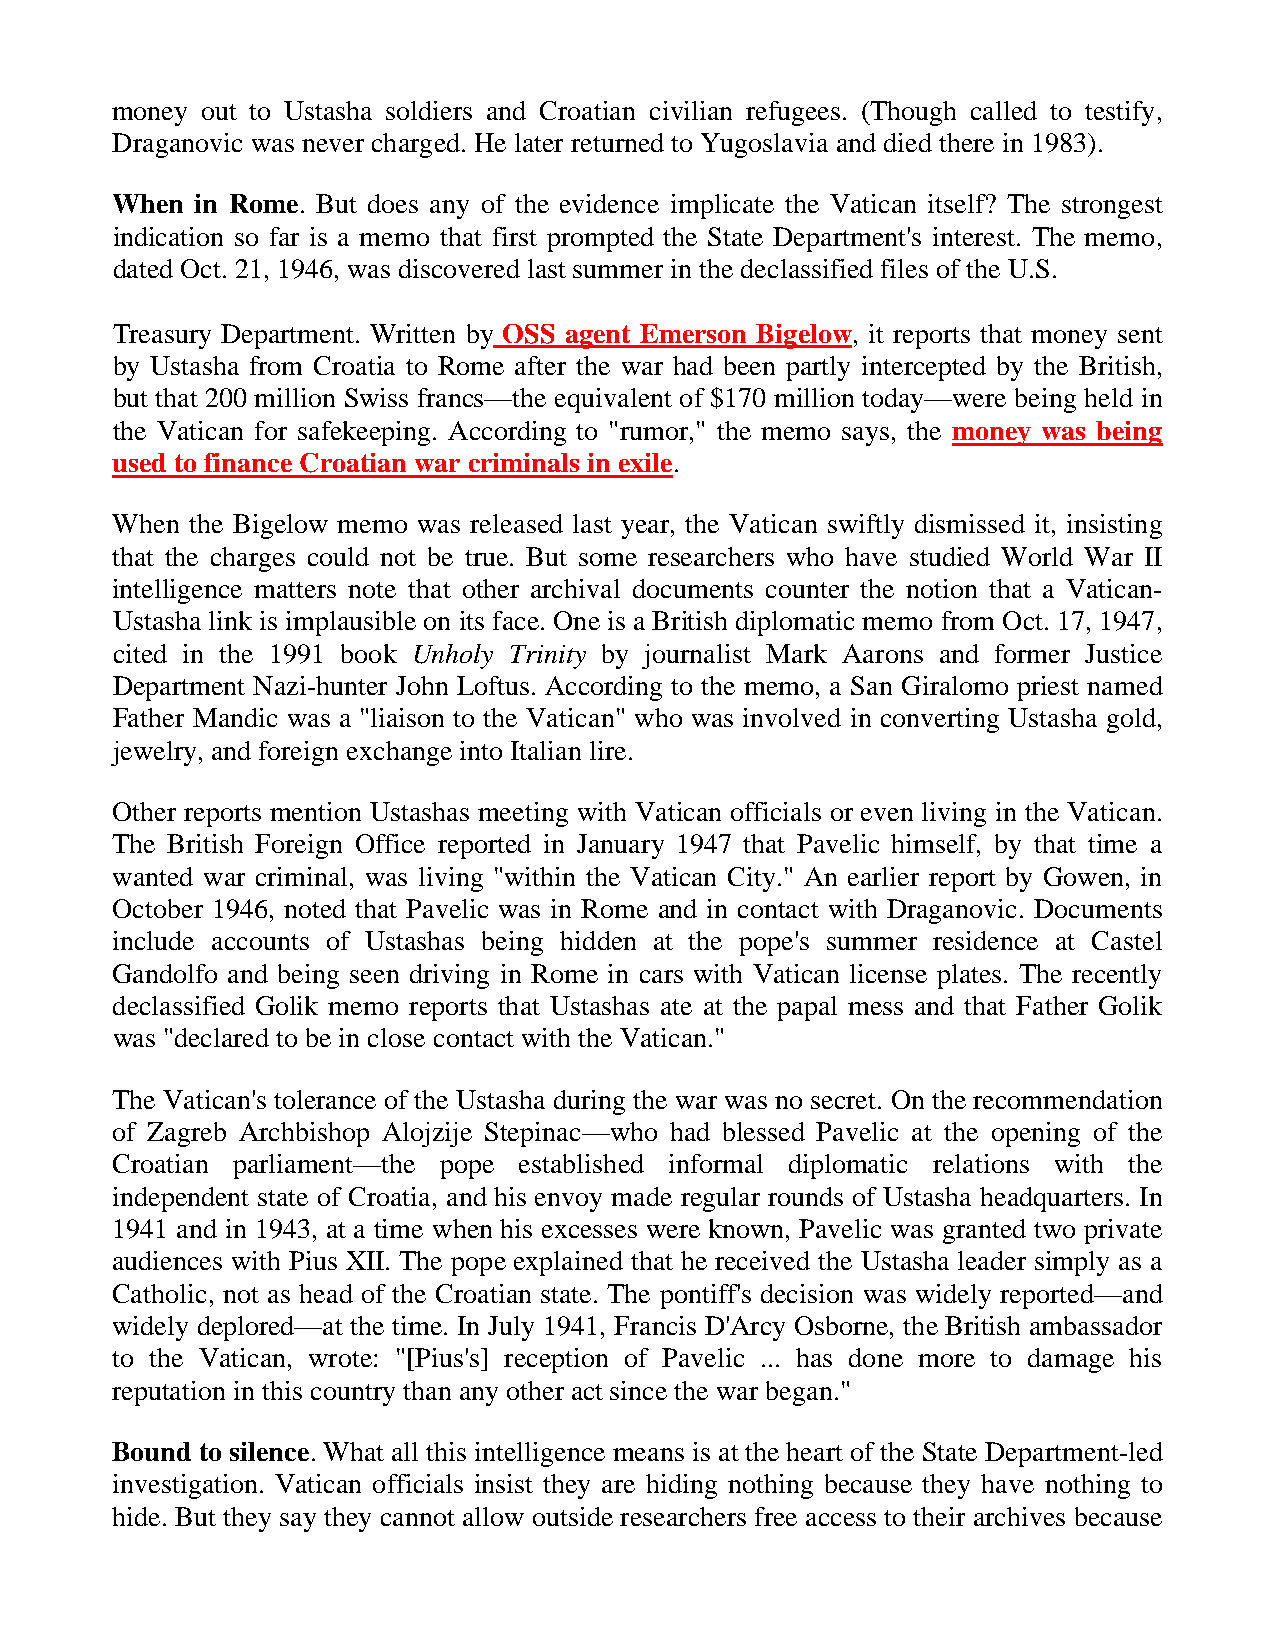
money out to Ustasha soldiers and Croatian civilian refugees. (Though called to testify,
 Draganovic was never charged. He later returned to Yugoslavia and died there in 1983).
 When  in Rome. But does any of the evidence implicate the Vatican itself? The strongest
 indication so far is a memo that first prompted the State Department's interest. The memo,
 dated Oct. 21, 1946, was discovered last summer in the declassified files of the U.S.
 Treasury Department. Written by OSS agent Emerson Bigelow, it reports that money sent
 by Ustasha from Croatia to Rome after the war had been partly intercepted by the British,
 but that 200 million Swiss francs—the equivalent of $170 million today—were being held in
 the Vatican for safekeeping. According to "rumor," the memo says, the money was being
 used to finance Croatian war criminals in exile.
 When  the Bigelow memo was released last year, the Vatican swiftly dismissed it, insisting
 that the charges could not be true. But some researchers who have studied World War II
 intelligence matters note that other archival documents counter the notion that a Vatican-
 Ustasha link is implausible on its face. One is a British diplomatic memo from Oct. 17, 1947,
 cited in the 1991 book Unholy Trinity by journalist Mark Aarons and former Justice
 Department Nazi-hunter John Loftus. According to the memo, a San Giralomo priest named
 Father Mandic was a "liaison to the Vatican" who was involved in converting Ustasha gold,
 jewelry, and foreign exchange into Italian lire.
 Other reports mention Ustashas meeting with Vatican officials or even living in the Vatican.
 The British Foreign Office reported in January 1947 that Pavelic himself, by that time a
 wanted war criminal, was living "within the Vatican City." An earlier report by Gowen, in
 October 1946, noted that Pavelic was in Rome and in contact with Draganovic. Documents
 include accounts of Ustashas being hidden at the pope's summer residence at Castel
 Gandolfo and being seen driving in Rome in cars with Vatican license plates. The recently
 declassified Golik memo reports that Ustashas ate at the papal mess and that Father Golik
 was "declared to be in close contact with the Vatican."
 The Vatican's tolerance of the Ustasha during the war was no secret. On the recommendation
 of Zagreb Archbishop Alojzije Stepinac—who had blessed Pavelic at the opening of the
 Croatian parliament—the pope established informal diplomatic relations with the
 independent state of Croatia, and his envoy made regular rounds of Ustasha headquarters. In
 1941 and in 1943, at a time when his excesses were known, Pavelic was granted two private
 audiences with Pius XII. The pope explained that he received the Ustasha leader simply as a
 Catholic, not as head of the Croatian state. The pontiff's decision was widely reported—and
 widely deplored—at the time. In July 1941, Francis D'Arcy Osborne, the British ambassador
 to the Vatican, wrote: "[Pius's] reception of Pavelic ... has done more to damage his
 reputation in this country than any other act since the war began."
 Bound to silence. What all this intelligence means is at the heart of the State Department-led
 investigation. Vatican officials insist they are hiding nothing because they have nothing to
 hide. But they say they cannot allow outside researchers free access to their archives because